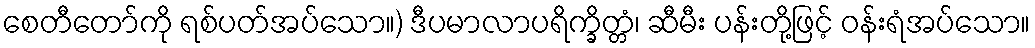
စေတီတော်ကို ရစ်ပတ်အပ်သော။) ဒီပမာလာပရိက္ခိတ္တံ၊ ဆီမီး ပန်းတို့ဖြင့် ဝန်းရံအပ်သော။